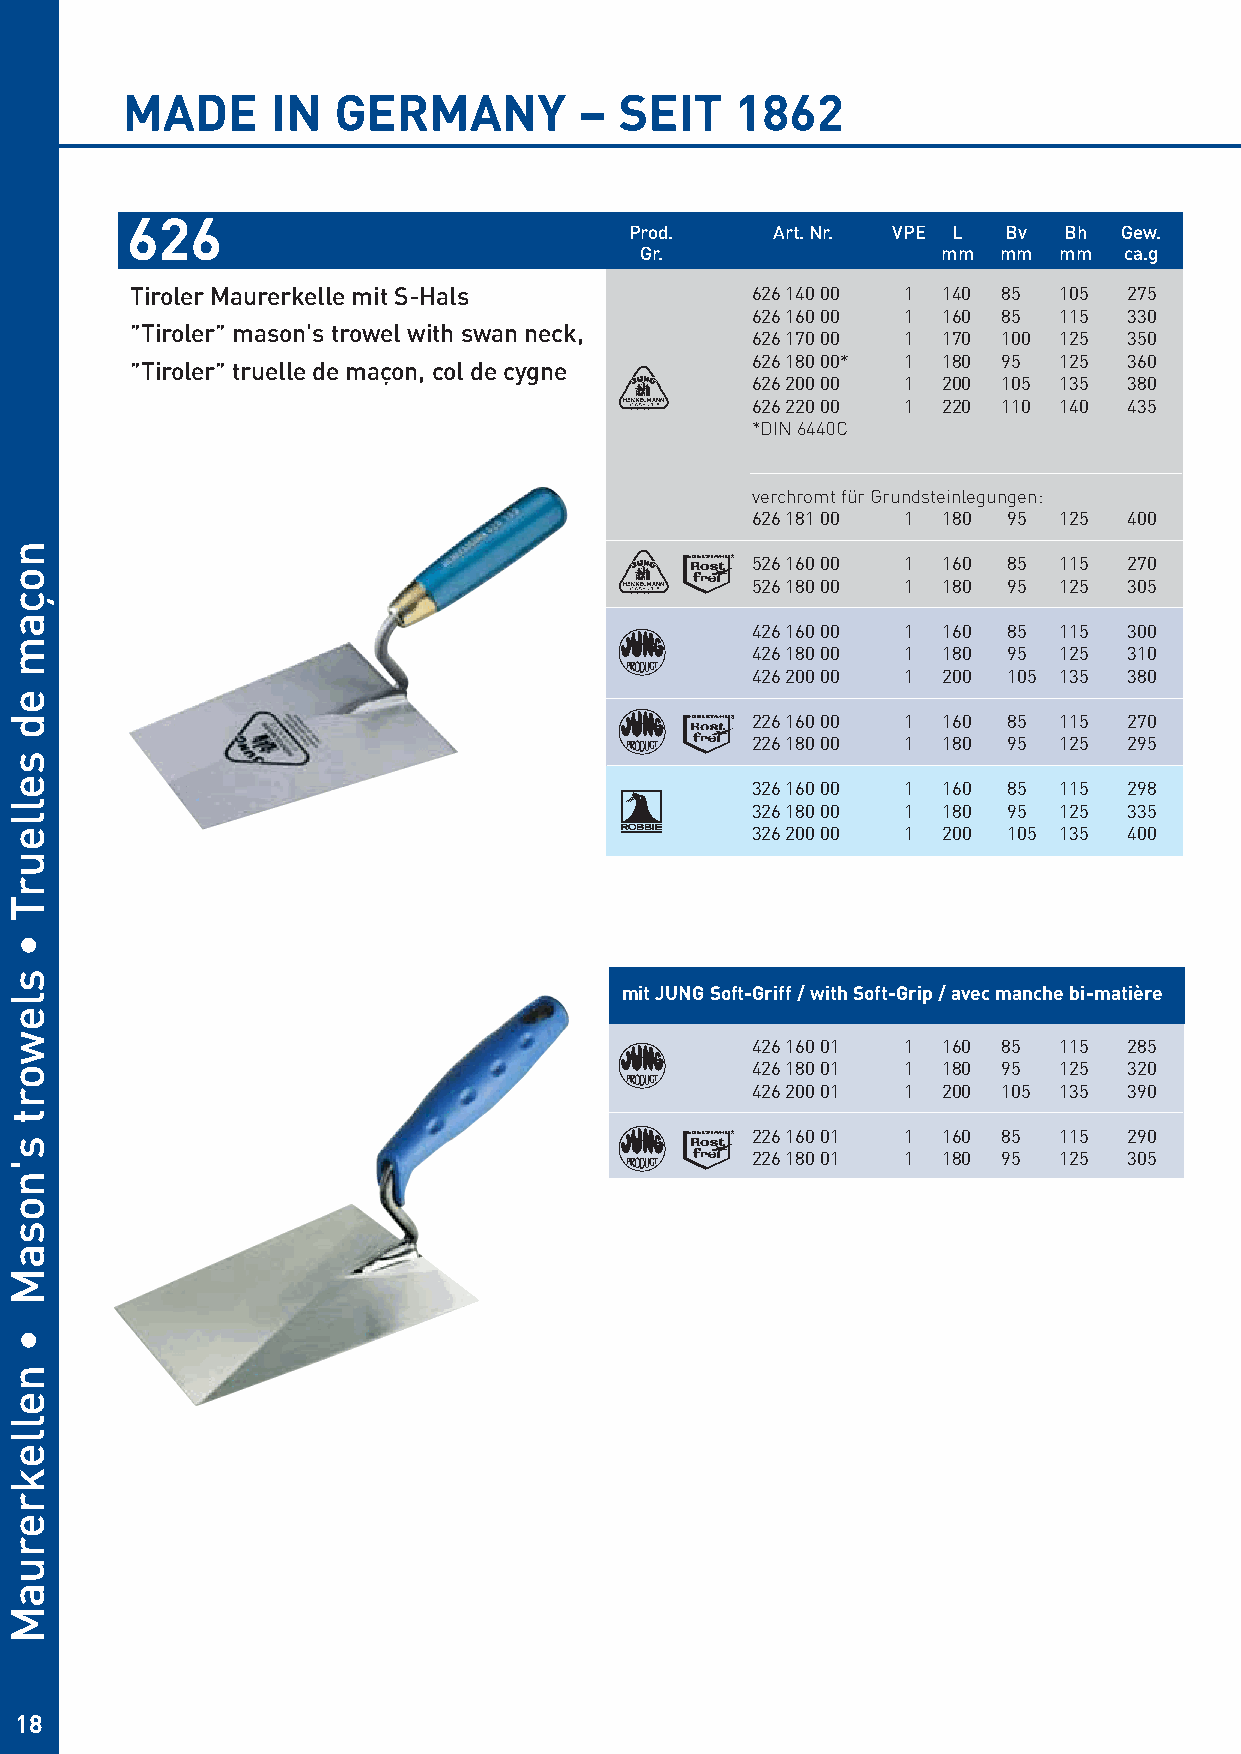
MADE      IN  GERMANY         –  SEIT    1862
 626
 Prod.    Art. Nr. VPE L  Bv Bh  Gew.
 Gr.                 mm  mm  mm  ca.g
 Tiroler Maurerkelle mit S-Hals           626 140 00 1 140 85 105  275
 626 160 00 1 160 85 115  330
 ”Tiroler” mason's trowel with swan neck,
 626 170 00 1 170 100 125 350
 626 180 00* 1 180 95 125 360
 ”Tiroler” truelle de maçon, col de cygne
 626 200 00 1 200 105 135 380
 626 220 00 1 220 110 140 435
 *DIN 6440C
 verchromt für Grundsteinlegungen:
 626 181 00 1 180 95 125  400
 526 160 00 1 160 85 115  270
 526 180 00 1 180 95 125  305
 426 160 00 1 160 85 115  300
 426 180 00 1 180 95 125  310
 426 200 00 1 200 105 135 380
 226 160 00 1 160 85 115  270
 226 180 00 1 180 95 125  295
 326 160 00 1 160 85 115  298
 326 180 00 1 180 95 125  335
 326 200 00 1 200 105 135 400
 mit JUNG Soft-Griff / with Soft-Grip / avec manche bi-matière
 426 160 01 1 160 85 115  285
 426 180 01 1 180 95 125  320
 426 200 01 1 200 105 135 390
 226 160 01 1 160 85 115  290
 226 180 01 1 180 95 125  305
 18
 noçam
 ed
 selleurT
 •
 slewort
 s'nosaM
 •
 nellekreruaM